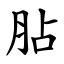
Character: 胋